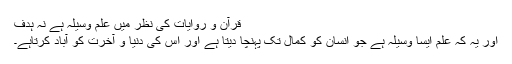
قرآن و روایات کی نظر میں علم وسیلہ ہے نہ ہدف
اور یہ کہ علم ایسا وسیلہ ہے جو انسان کو کمال تک پہنچا دیتا ہے اور اس کی دنیا و آخرت کو آباد کرتاہے۔